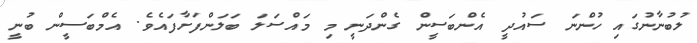
ލުބުނާނުގައި ހުންނަ ސައުދީ އެންބަސީން ގެންދަނީ މި މައްސަލަ ބަލަންފަށާފައެވެ. އެމްބަސީން ބުނީ